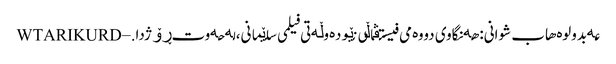
عەبدولوەهاب شوانی: هەنگاوی دووەمی فیستڤاڵی نێودەوڵەتی فیلمی سلێمانی، لە حەوت ڕۆژدا. – WTARIKURD